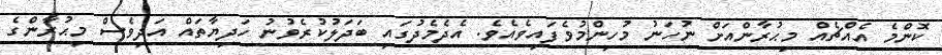
ކޮންމެ އެއްޗެއްް މިޙުރާންއަށް ނުހަނު މުހިންމުވެފައިވެއެވެ. އެދެމެދުގައި ބަދަލުކުރެވުނު ހަދިޔާތައް އަދިވެސް މިޙުރާންގެ